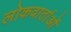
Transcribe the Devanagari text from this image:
लोकवार्ताओं